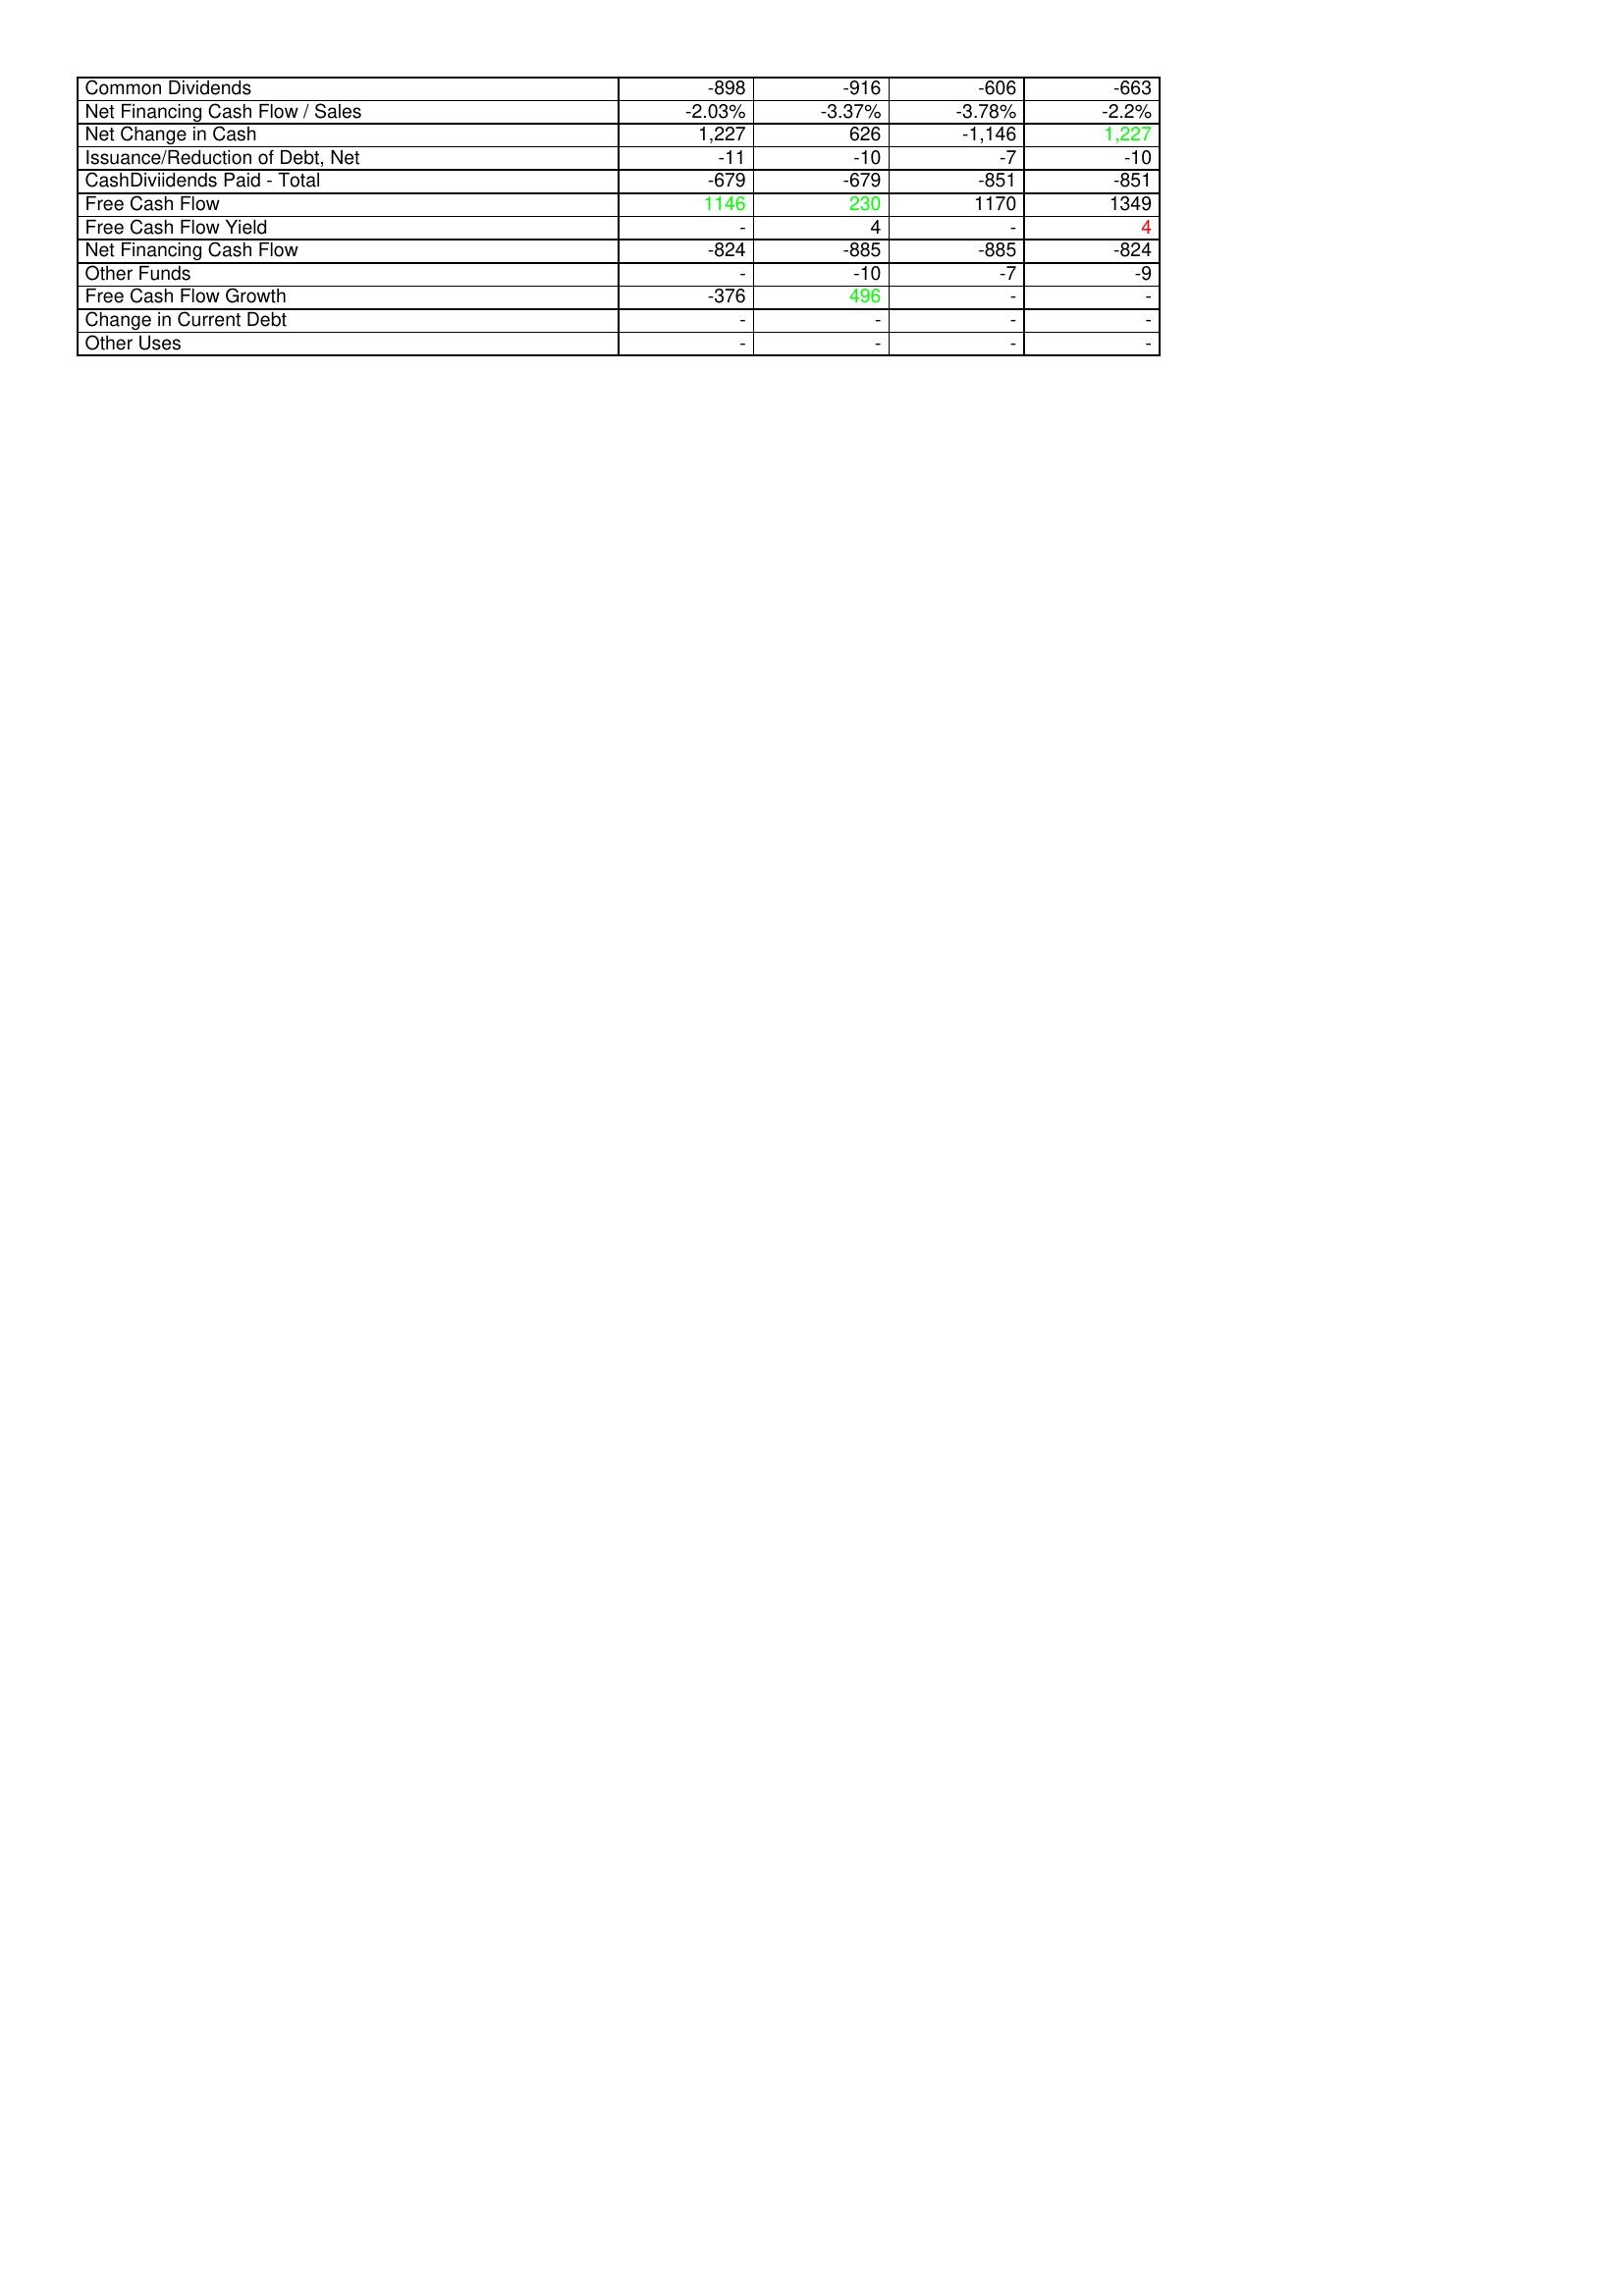
gt_parse: 2003: Financing Activities: Common Dividends: -898
Net Financing Cash Flow / Sales: -2.03%
Net Change in Cash: 1,227
Issuance/Reduction of Debt, Net: -11
CashDiviidends Paid - Total: -679
Free Cash Flow: 1146
Free Cash Flow Yield: -
Net Financing Cash Flow: -824
Other Funds: -
Free Cash Flow Growth: -376
Change in Current Debt: -
Other Uses: -
2004: Financing Activities: Common Dividends: -916
Net Financing Cash Flow / Sales: -3.37%
Net Change in Cash: 626
Issuance/Reduction of Debt, Net: -10
CashDiviidends Paid - Total: -679
Free Cash Flow: 230
Free Cash Flow Yield: 4
Net Financing Cash Flow: -885
Other Funds: -10
Free Cash Flow Growth: 496
Change in Current Debt: -
Other Uses: -
2005: Financing Activities: Common Dividends: -606
Net Financing Cash Flow / Sales: -3.78%
Net Change in Cash: -1,146
Issuance/Reduction of Debt, Net: -7
CashDiviidends Paid - Total: -851
Free Cash Flow: 1170
Free Cash Flow Yield: -
Net Financing Cash Flow: -885
Other Funds: -7
Free Cash Flow Growth: -
Change in Current Debt: -
Other Uses: -
2006: Financing Activities: Common Dividends: -663
Net Financing Cash Flow / Sales: -2.2%
Net Change in Cash: 1,227
Issuance/Reduction of Debt, Net: -10
CashDiviidends Paid - Total: -851
Free Cash Flow: 1349
Free Cash Flow Yield: 4
Net Financing Cash Flow: -824
Other Funds: -9
Free Cash Flow Growth: -
Change in Current Debt: -
Other Uses: -